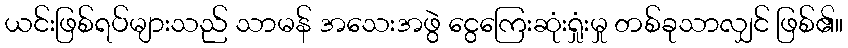
ယင်းဖြစ်ရပ်များသည် သာမန် အသေးအဖွဲ ငွေကြေးဆုံးရှုံးမှု တစ်ခုသာလျှင် ဖြစ်၏။